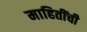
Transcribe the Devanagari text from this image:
माहितींची